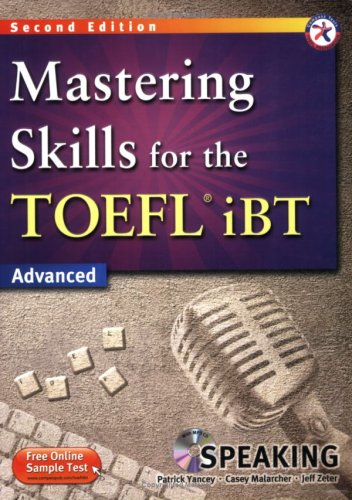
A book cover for Mastering Skills for the TOEFL iBT, 2nd Edition Advanced Speaking (w/MP3 CD); Patrick Yancey; Education & Teaching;